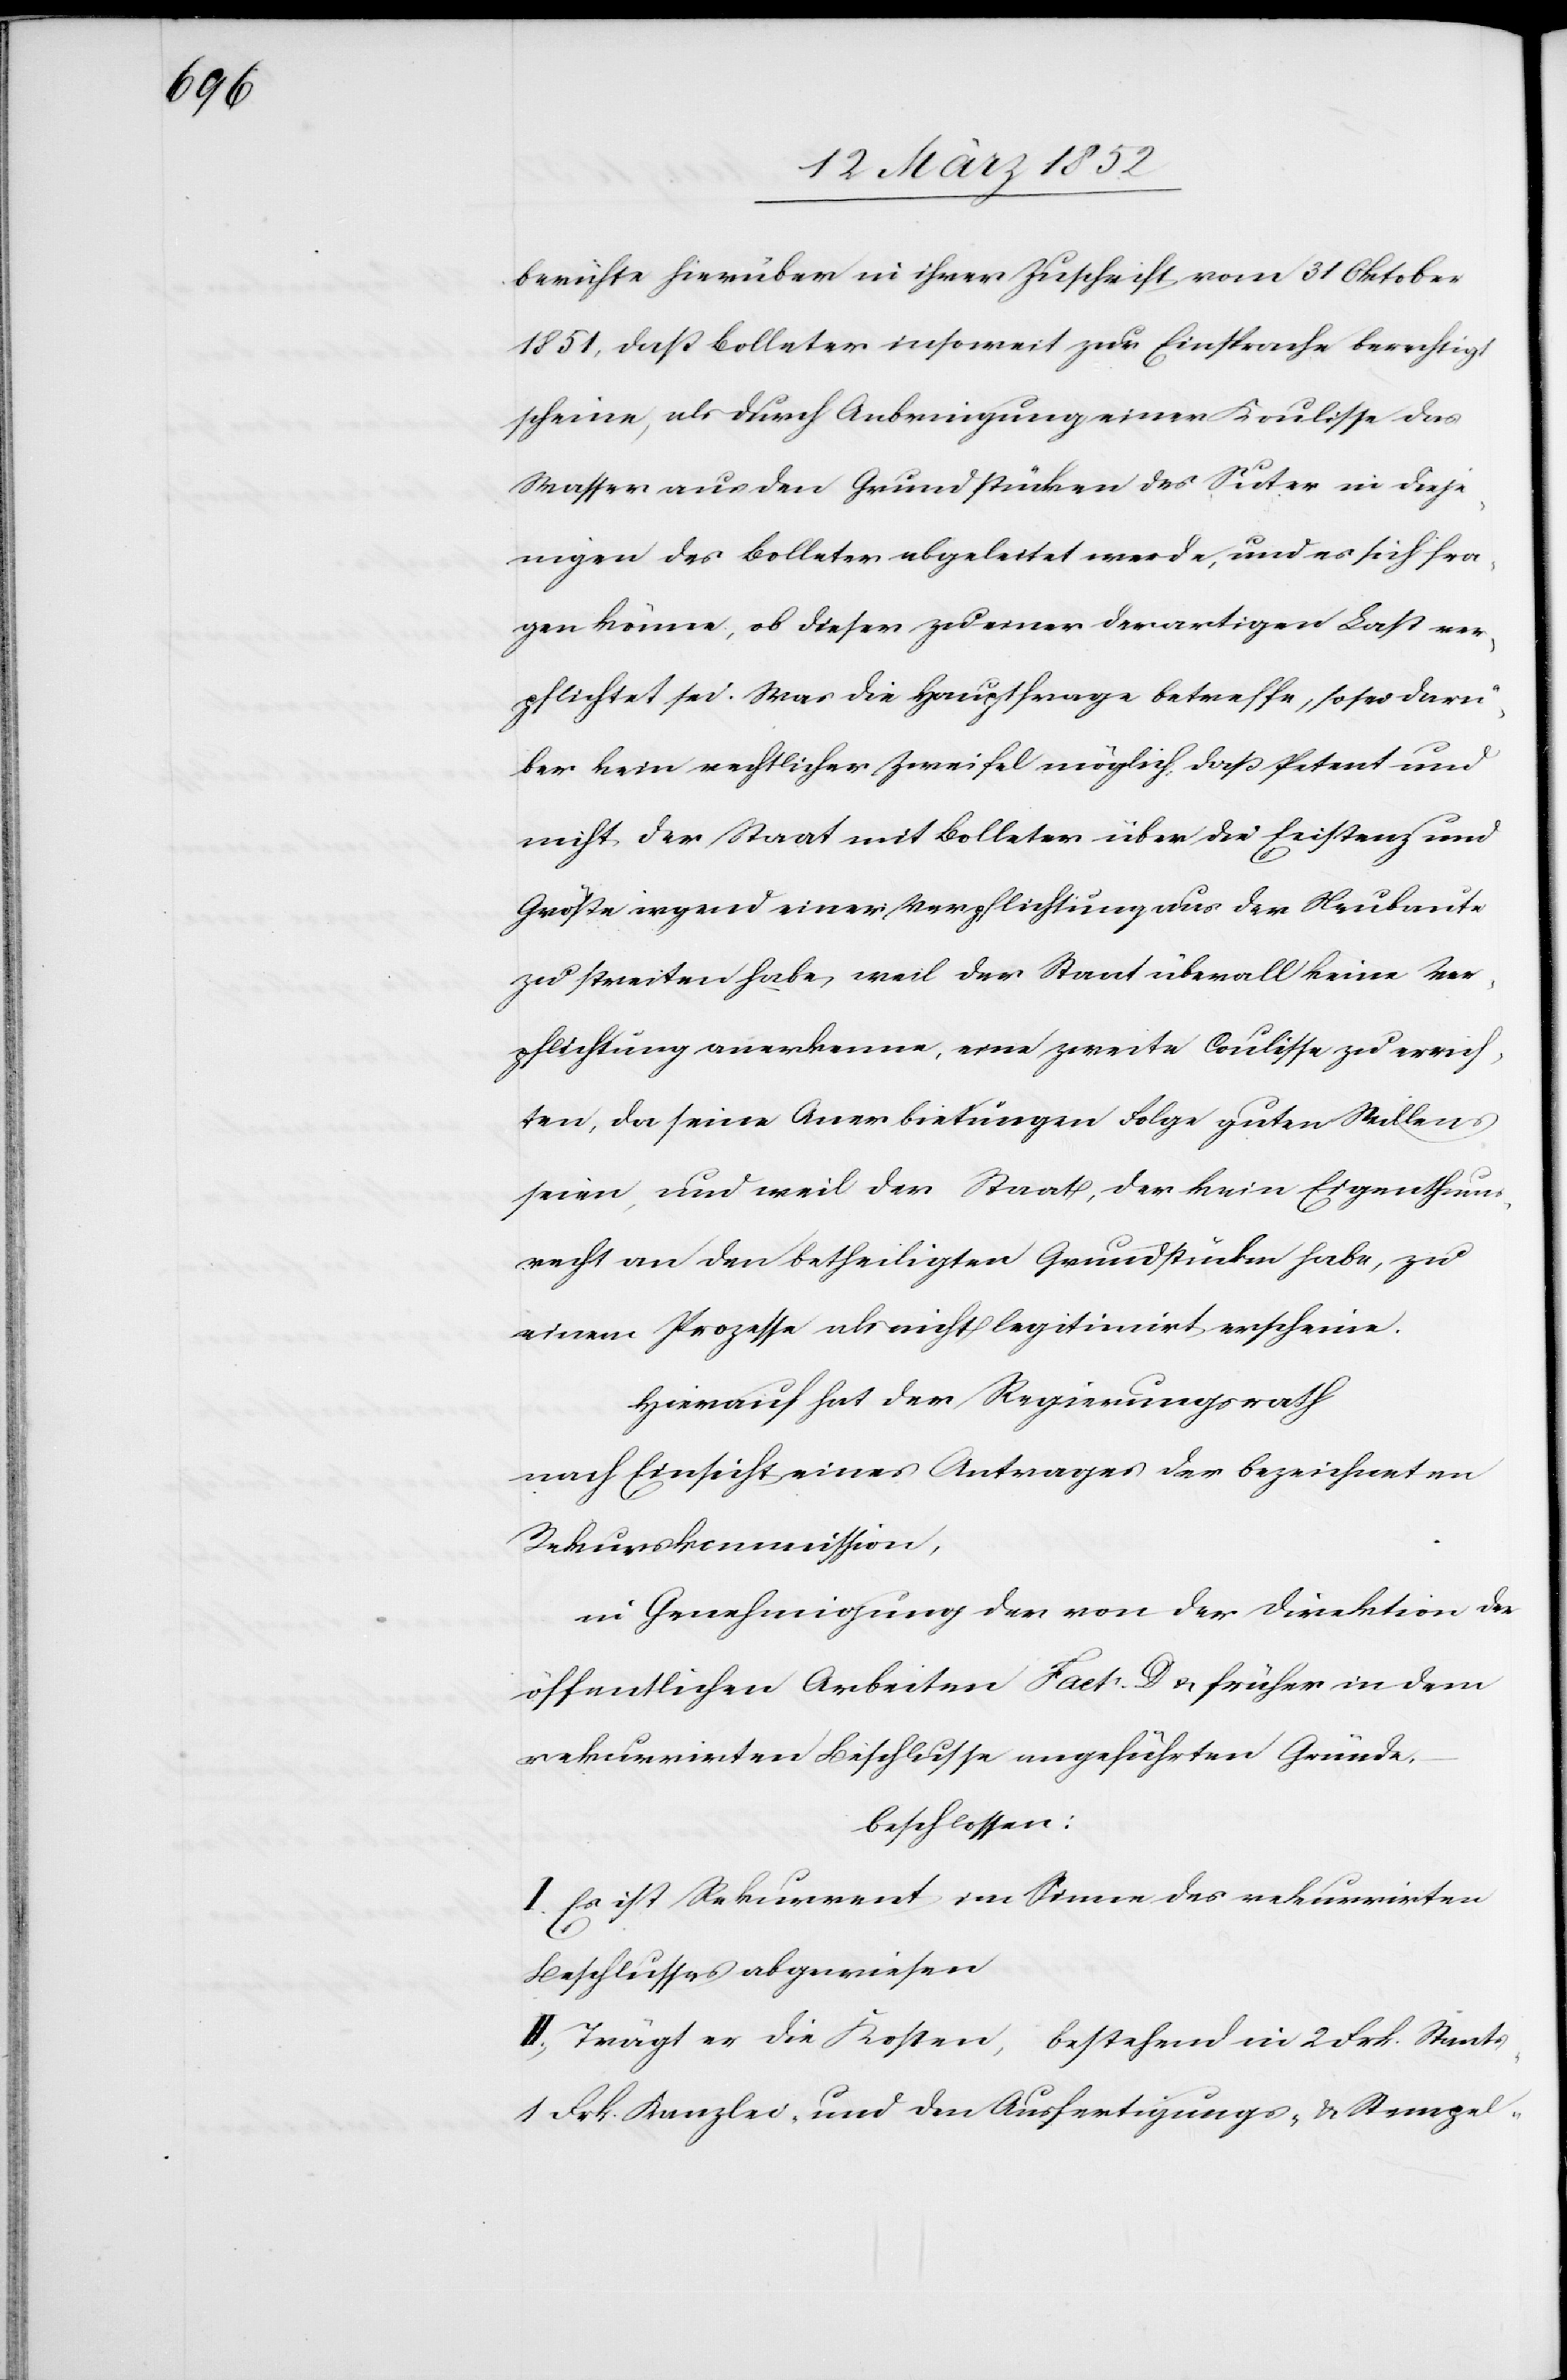
berichte hierüber in ihrer Zuschrift vom 31 Oktober
1851, daß Bolleter insoweit zur Einsprache berechtigt
scheine, als durch Anbringung einer Koulisse das
Wasser aus den Grundstücken des Suter in dieje¬
nigen des Bolleter abgeleitet werde, und es sich fra¬
gen könne, ob dieser zu einer derartigen Last ver¬
pflichtet sei. Was die Hauptfrage betreffe, so sei darü¬
ber kein rechtlicher Zweifel möglich, daß Petent und
nicht der Staat mit Bolleter über die Existenz und
Größe irgend einer Verpflichtung aus der Neubaute
zu streiten habe, weil der Staat überall keine Ver¬
pflichtung anerkenne, eine zweite Coulisse zu errich¬
ten, da seine Anerbietungen Folge guten Willens
seien, und weil der Staat, der kein Eigenthums¬
recht an den betheiligten Grundstücken habe, zu
einem Prozesse als nicht legitimirt erscheine.
Hierauf hat der Regierungsrath
nach Einsicht eines Antrages der bezeichneten
Rekurskommission,
in Genehmigung der von der Direktion der
öffentlichen Arbeiten Fact. D. u. früher in dem
rekurrirten Beschlusse angeführten Gründe.
beschlossen:
I. Es ist Rekurrent im Sinne des rekurrirten
Beschlusses abzuweisen
II. Trägt er die Kosten, bestehend in 2 Frk. Staats-
1 Frk. Kanzlei- und den Ausfertigungs- u. Stempel-